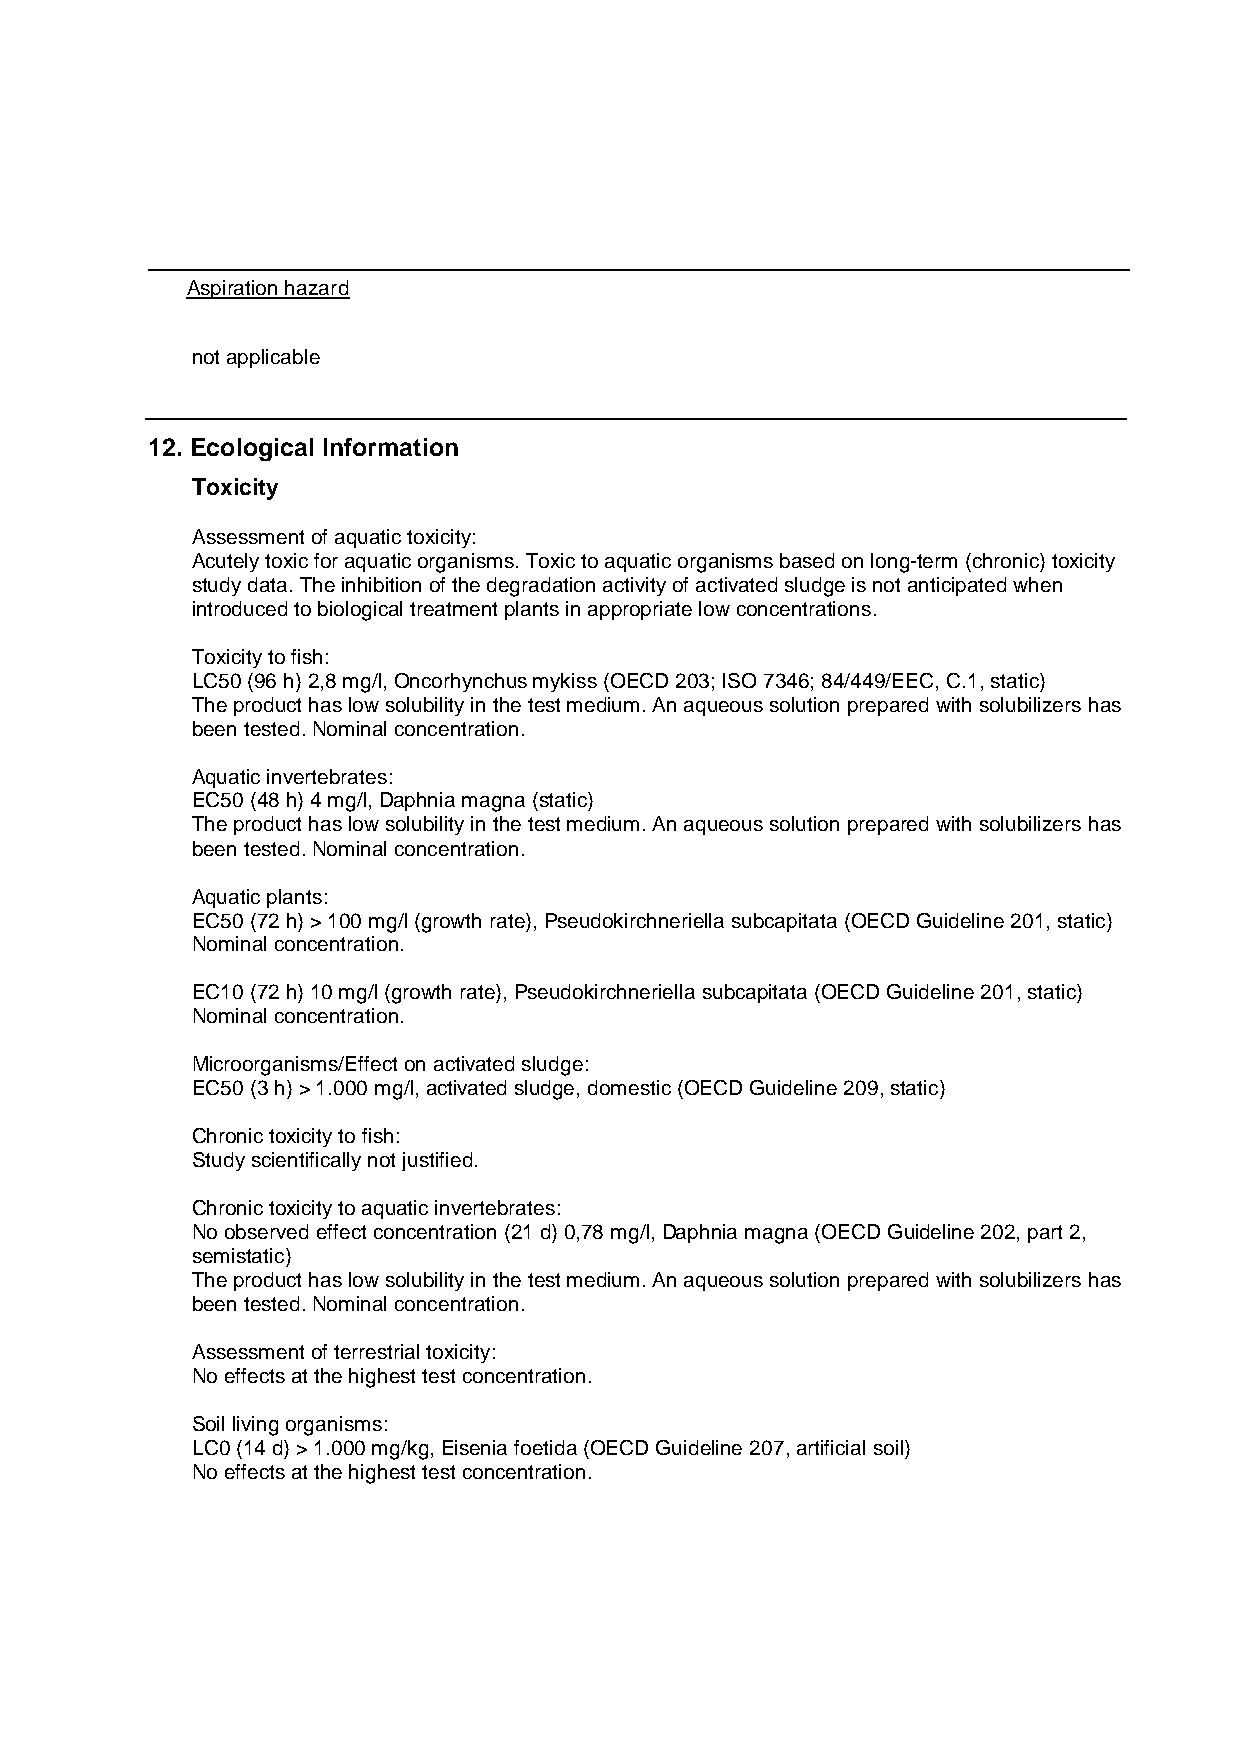
Aspiration hazard
 not applicable
 12. Ecological Information
 Toxicity
 Assessment of aquatic toxicity:
 Acutely toxic for aquatic organisms. Toxic to aquatic organisms based on long-term (chronic) toxicity
 study data. The inhibition of the degradation activity of activated sludge is not anticipated when
 introduced to biological treatment plants in appropriate low concentrations.
 Toxicity to fish:
 LC50 (96 h) 2,8 mg/l, Oncorhynchus mykiss (OECD 203; ISO 7346; 84/449/EEC, C.1, static)
 The product has low solubility in the test medium. An aqueous solution prepared with solubilizers has
 been tested. Nominal concentration.
 Aquatic invertebrates:
 EC50 (48 h) 4 mg/l, Daphnia magna (static)
 The product has low solubility in the test medium. An aqueous solution prepared with solubilizers has
 been tested. Nominal concentration.
 Aquatic plants:
 EC50 (72 h) > 100 mg/l (growth rate), Pseudokirchneriella subcapitata (OECD Guideline 201, static)
 Nominal concentration.
 EC10 (72 h) 10 mg/l (growth rate), Pseudokirchneriella subcapitata (OECD Guideline 201, static)
 Nominal concentration.
 Microorganisms/Effect on activated sludge:
 EC50 (3 h) > 1.000 mg/l, activated sludge, domestic (OECD Guideline 209, static)
 Chronic toxicity to fish:
 Study scientifically not justified.
 Chronic toxicity to aquatic invertebrates:
 No observed effect concentration (21 d) 0,78 mg/l, Daphnia magna (OECD Guideline 202, part 2,
 semistatic)
 The product has low solubility in the test medium. An aqueous solution prepared with solubilizers has
 been tested. Nominal concentration.
 Assessment of terrestrial toxicity:
 No effects at the highest test concentration.
 Soil living organisms:
 LC0 (14 d) > 1.000 mg/kg, Eisenia foetida (OECD Guideline 207, artificial soil)
 No effects at the highest test concentration.